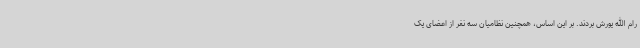
رام الله یورش بردند. بر این اساس، همچنین نظامیان سه نفر از اعضای یک